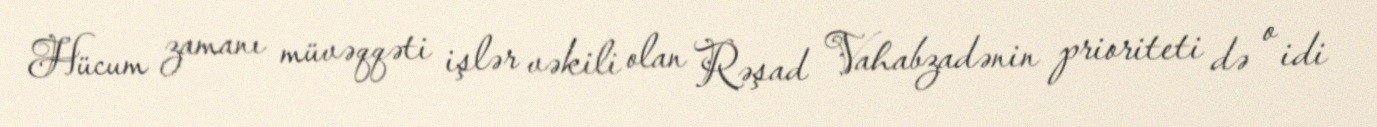
Hücum zamanı müvəqqəti işlər vəkili olan Rəşad Vahabzadənin prioriteti də o idi